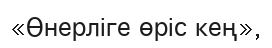
«Өнерліге өріс кең»,